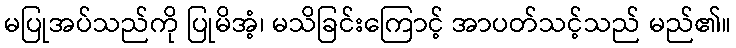
မပြုအပ်သည်ကို ပြုမိအံ့၊ မသိခြင်းကြောင့် အာပတ်သင့်သည် မည်၏။